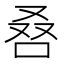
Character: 𠭀